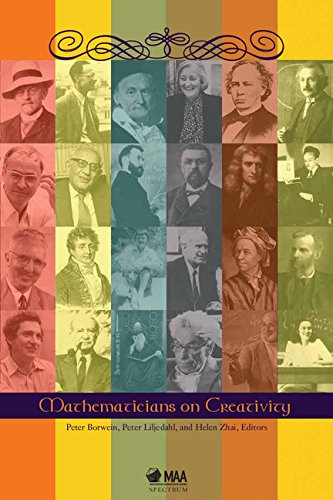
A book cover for Mathematicians on Creativity (Spectrum); Peter Borwein; Science & Math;